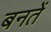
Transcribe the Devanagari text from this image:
बनतें